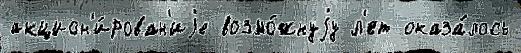
акцион'и́рован'иjе возмо́жнуjу л'ет оказа́лось